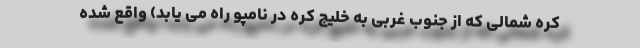
کره شمالی که از جنوب غربی به خلیج کره در نامپو راه می یابد) واقع شده